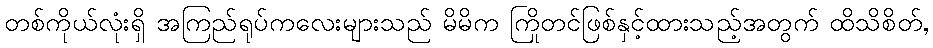
တစ်ကိုယ်လုံးရှိ အကြည်ရုပ်ကလေးများသည် မိမိက ကြိုတင်ဖြစ်နှင့်ထားသည့်အတွက် ထိသိစိတ်,